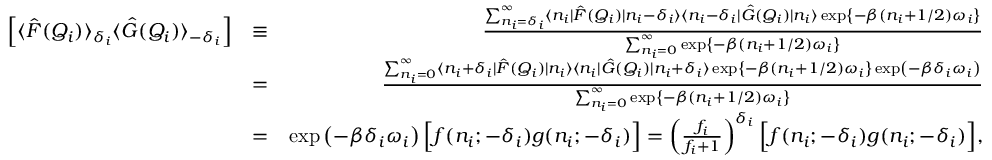
\begin{array} { r l r } { \left[ \langle \hat { F } ( Q _ { i } ) \rangle _ { \delta _ { i } } \langle \hat { G } ( Q _ { i } ) \rangle _ { - \delta _ { i } } \right] } & { \equiv } & { \frac { \sum _ { n _ { i } = \delta _ { i } } ^ { \infty } \langle n _ { i } | \hat { F } ( Q _ { i } ) | n _ { i } - \delta _ { i } \rangle \langle n _ { i } - \delta _ { i } | \hat { G } ( Q _ { i } ) | n _ { i } \rangle \exp \left\{ - \beta ( n _ { i } + 1 / 2 ) \omega _ { i } \right\} } { \sum _ { n _ { i } = 0 } ^ { \infty } \exp \left\{ - \beta ( n _ { i } + 1 / 2 ) \omega _ { i } \right\} } } \\ & { = } & { \frac { \sum _ { n _ { i } = 0 } ^ { \infty } \langle n _ { i } + \delta _ { i } | \hat { F } ( Q _ { i } ) | n _ { i } \rangle \langle n _ { i } | \hat { G } ( Q _ { i } ) | n _ { i } + \delta _ { i } \rangle \exp \left\{ - \beta ( n _ { i } + 1 / 2 ) \omega _ { i } \right\} \exp \left( - \beta \delta _ { i } \omega _ { i } \right) } { \sum _ { n _ { i } = 0 } ^ { \infty } \exp \left\{ - \beta ( n _ { i } + 1 / 2 ) \omega _ { i } \right\} } } \\ & { = } & { \exp \left( - \beta \delta _ { i } \omega _ { i } \right) \Big [ f ( n _ { i } ; - \delta _ { i } ) g ( n _ { i } ; - \delta _ { i } ) \Big ] = \left( \frac { f _ { i } } { f _ { i } + 1 } \right) ^ { \delta _ { i } } \Big [ f ( n _ { i } ; - \delta _ { i } ) g ( n _ { i } ; - \delta _ { i } ) \Big ] , } \end{array}